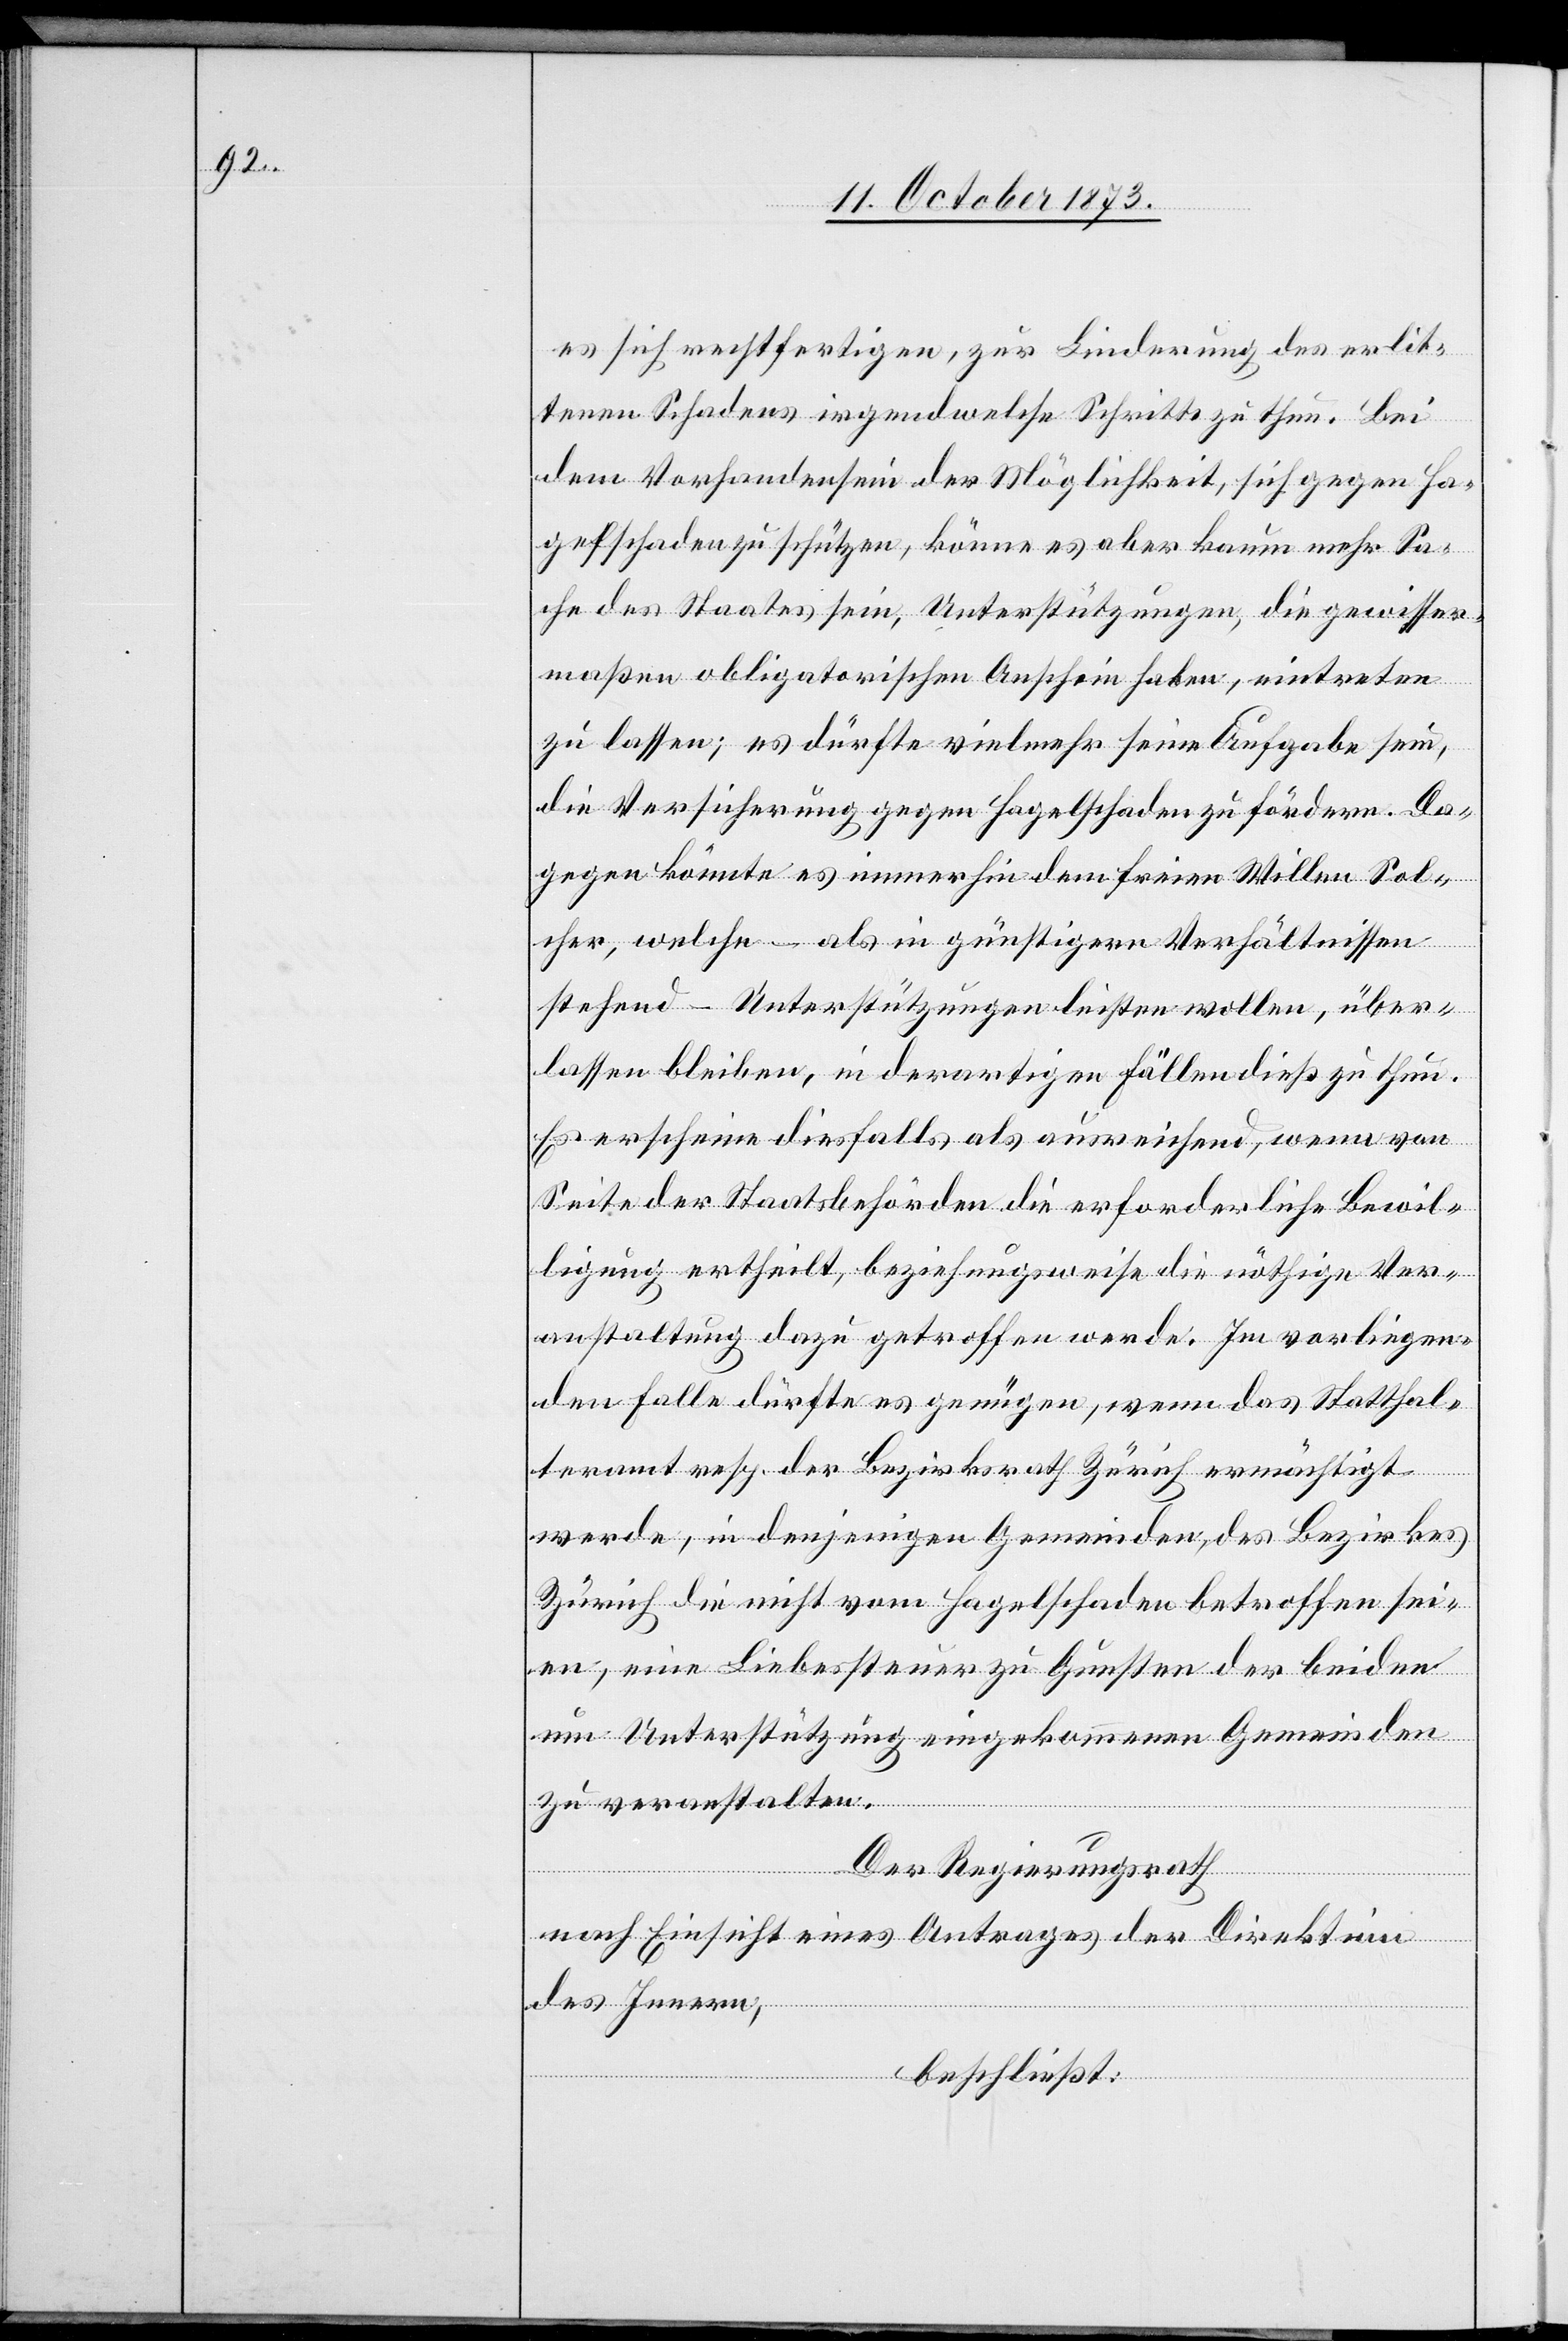
es sich rechtfertigen, zur Linderung des erlit¬
tenen Schadens irgendwelche Schritte zu thun. Bei
dem Vorhandensein der Möglichkeit, sich gegen Ha¬
gelschaden zu schützen, könne es aber kaum mehr Sa¬
che des Staates sein, Unterstützungen, die gewisser¬
maßen obligatorischen Anschein haben, eintreten
zu lassen; es dürfte vielmehr seine Aufgabe sein,
die Versicherung gegen Hagelschaden zu fördern. Da¬
gegen könnte es immerhin dem freien Willen Sol¬
cher, welche – als in günstigern Verhältnissen
stehend – Unterstützungen leisten wollen, über¬
lassen bleiben, in derartigen Fällen dieß zu thun.
Es erscheine diesfalls als ausreichend, wenn von
Seite der Staatsbehörden die erforderliche Bewil¬
ligung ertheilt, beziehungsweise die nöthige Ver¬
anstaltung dazu getroffen werde. Im vorliegen¬
den Falle dürfte es genügen, wenn das Statthal¬
teramt resp. der Bezirksrath Zürich ermächtigt
werde, in denjenigen Gemeinden, des Bezirkes
Zürich die nicht vom Hagelschaden betroffen sei¬
en, eine Liebessteuer zu Gunsten der beiden
um Unterstützung eingekommenen Gemeinden
zu veranstalten.
Der Regierungsrath
nach Einsicht eines Antrages der Direktion
des Innern,
beschließt: